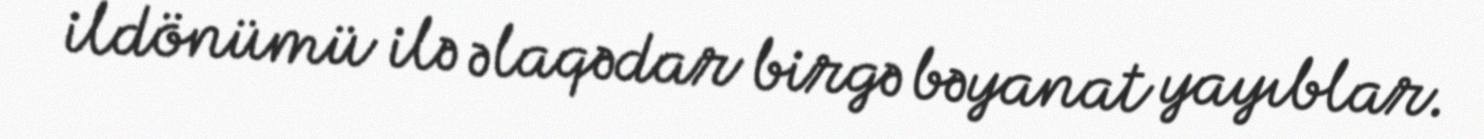
ildönümü ilə əlaqədar birgə bəyanat yayıblar.